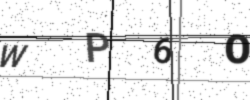
Text: WP6O